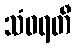
သံဝရတီ